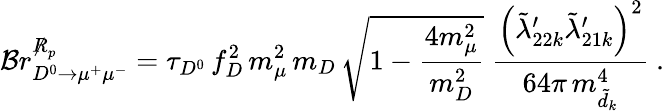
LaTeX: {\cal B}r_{D^{0}\to\mu^{+}\mu^{-}}^{\not R_{p}}=\tau_{D^{0}}\, f_{D}^{2}\, m_{\mu}^{2}\, m_{D}\, \sqrt{1-\frac{4m_{\mu}^{2}}{m_{D}^{2}}}\; \frac{\left(\tilde{\lambda}_{22k}^{\prime}\tilde{\lambda}_{21k}^{\prime}\right)^{2}}{64\pi\, m_{\tilde{d}_{k}}^{4}}~.